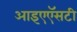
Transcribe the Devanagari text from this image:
आइएऍसटी